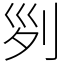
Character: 𠛱